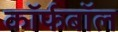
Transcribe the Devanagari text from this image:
कॉर्फबॉल